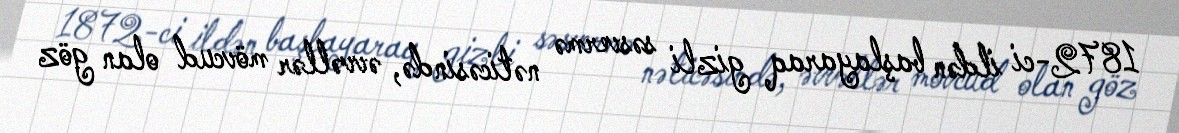
1872-ci ildən başlayaraq gizli səsvermə nəticəsində, əvvəllər mövcud olan göz